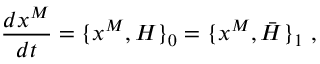
{ \frac { d x ^ { M } } { d t } } = \{ x ^ { M } , H \} _ { 0 } = \{ x ^ { M } , \bar { H } \} _ { 1 } \ ,